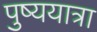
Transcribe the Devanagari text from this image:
पुष्ययात्रा